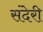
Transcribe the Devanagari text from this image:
संदेरी